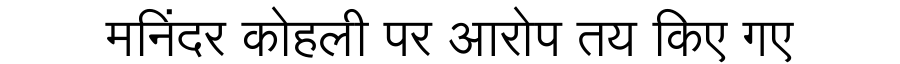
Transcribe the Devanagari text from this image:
मनिंदर कोहली पर आरोप तय किए गए